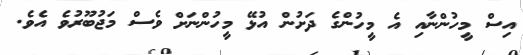
އިސް މީހުންނާއި އެ މީހުންގެ ދަށުން އުޅޭ މީހުންނަށް ވެސް މަޖުބޫރުވެ އެވެ.